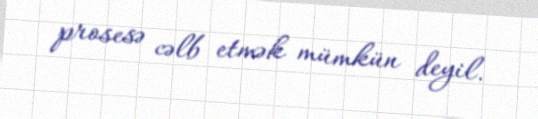
prosesə cəlb etmək mümkün deyil.